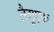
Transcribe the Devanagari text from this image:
तैगुएक